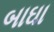
બાઘા